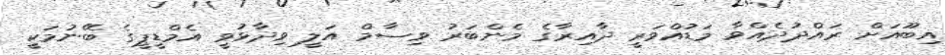
އިބޫއަށް ރައްދުދެއްވާ މަޑުއްވަރީ ދާއިރާގެ މެންބަރު ވިސާމް އަލީ ވިދާޅުވީ އެމްޑީޕީގެ ބޭނުމަކީ